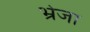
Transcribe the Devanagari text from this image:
भ्रेजा